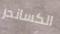
الكساندر